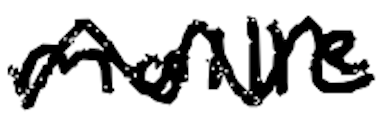
Text: maille
Cross-out: zig-zag
Writing tool: digital_black